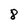
Character: 8